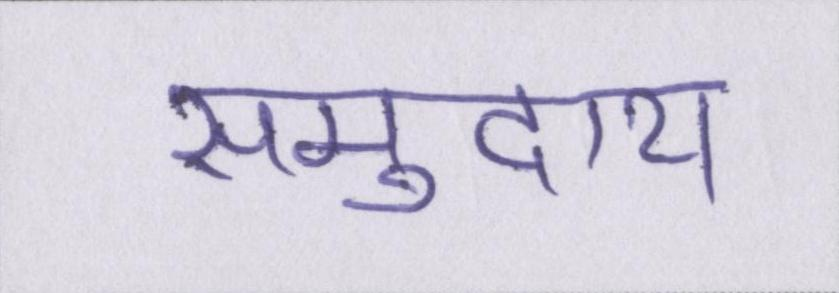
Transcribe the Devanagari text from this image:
समुदाय